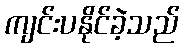
ကျင်းပနိုင်ခဲ့သည်